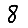
Digit: 8